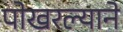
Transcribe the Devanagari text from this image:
पोखरल्याने